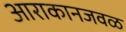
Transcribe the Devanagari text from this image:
आराकानजवळ